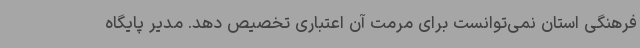
فرهنگی استان نمی‌توانست برای مرمت آن اعتباری تخصیص دهد. مدیر پایگاه